Burma Government Medical School reports 1923-41
Year: 1923
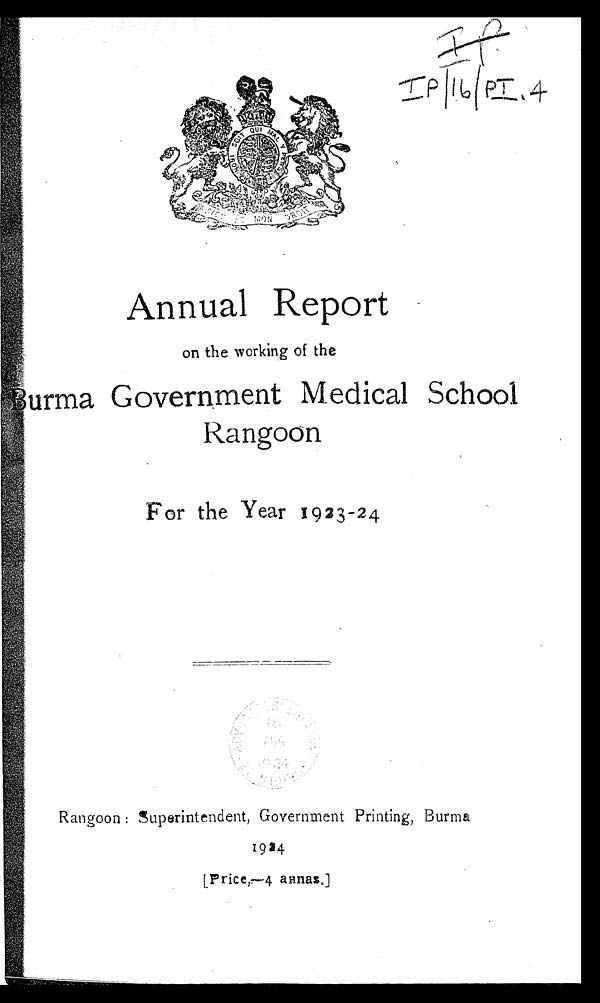
I P
Annual Report
on the working of the
Rangoon
For the Year 1923-24
Rangoon : Superintendent, Government Printing, Burma
1924
[Price,—4 annas.]